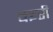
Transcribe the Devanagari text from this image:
बइरी